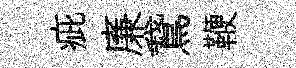
疵廉鵞鞭